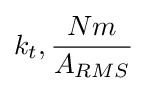
k_{t},{\frac {Nm}{A_{RMS}}}